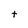
Character: t